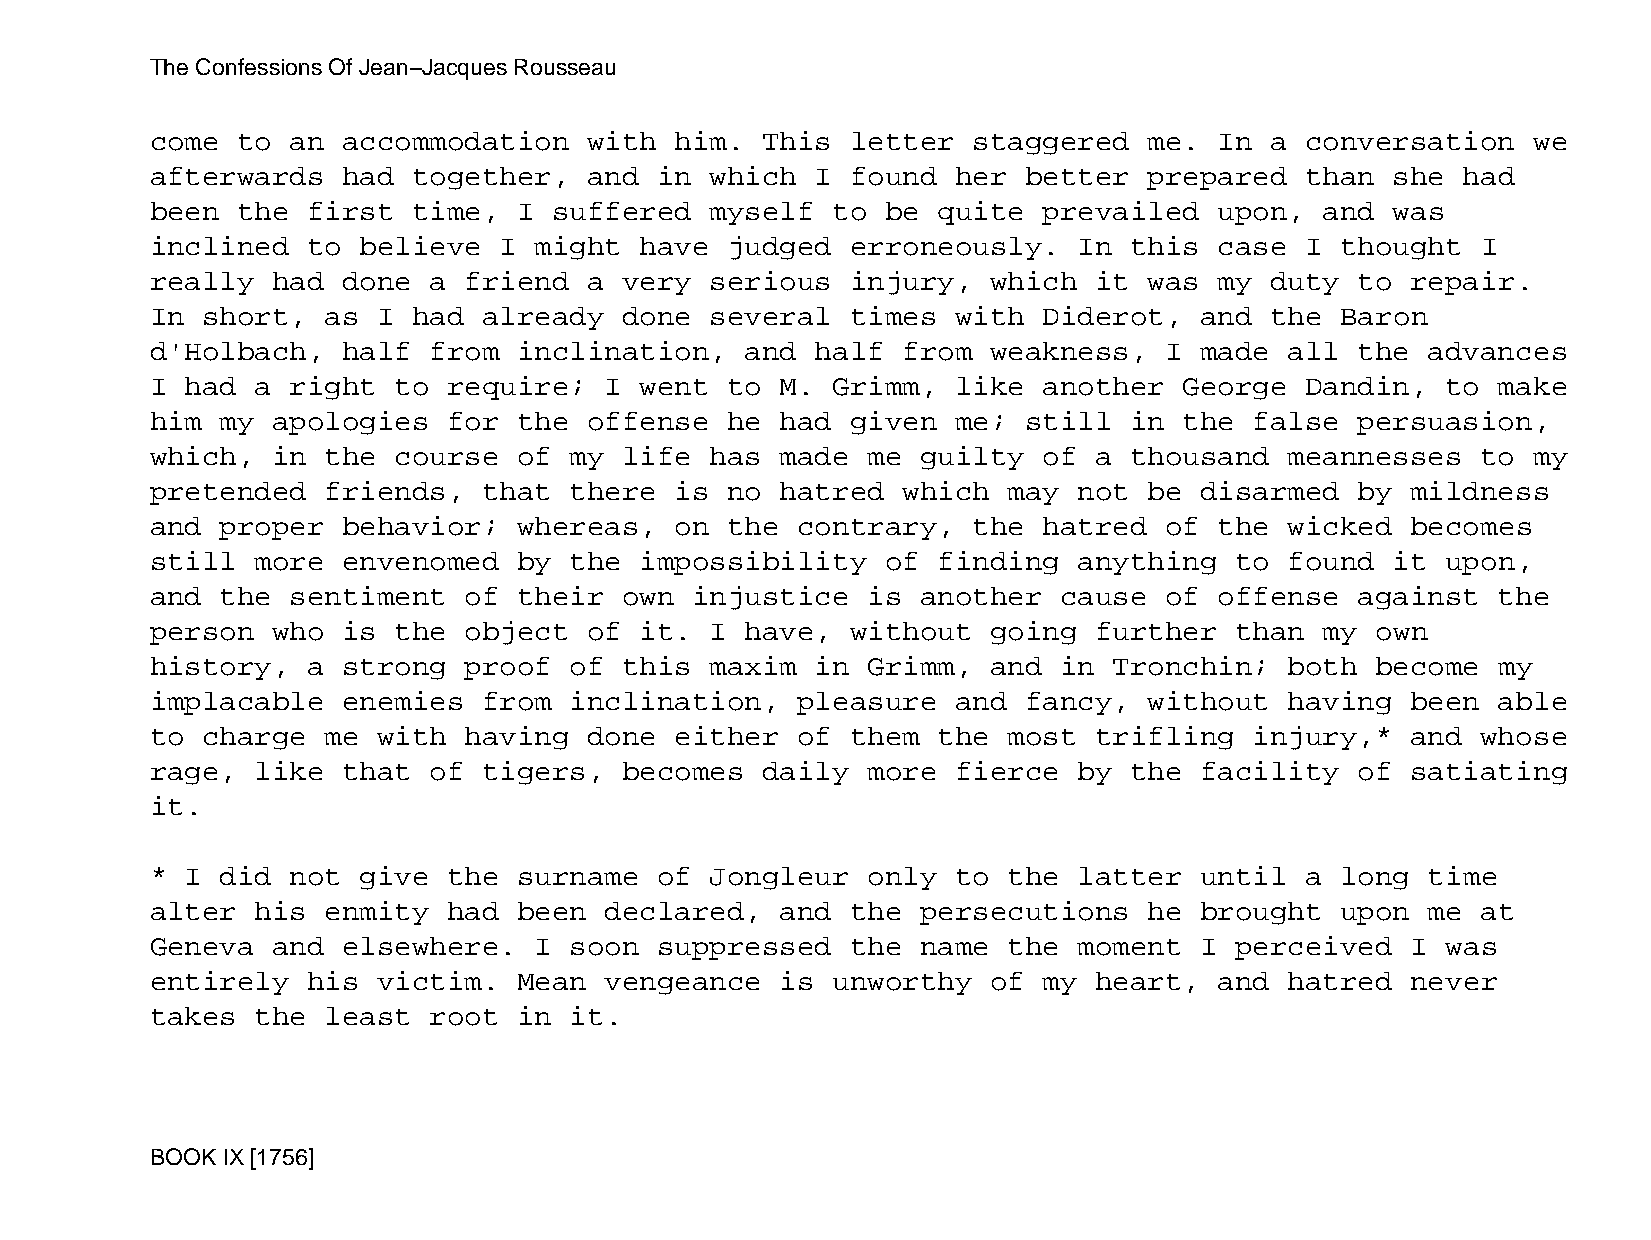
The Confessions Of Jean−Jacques Rousseau
 come  to an  accommodation   with  him. This  letter  staggered   me.  In a conversation   we
 afterwards   had together,   and  in which  I found  her  better  prepared  than  she  had
 been  the first  time,  I  suffered  myself  to  be quite  prevailed   upon,  and was
 inclined  to  believe  I might  have  judged  erroneously.   In  this  case I  thought  I
 really  had  done a  friend  a very  serious  injury,   which it  was  my duty  to repair.
 In short,   as I had  already  done  several  times  with  Diderot,  and  the  Baron
 d'Holbach,   half from  inclination,   and  half  from  weakness,  I made  all  the  advances
 I had  a right  to  require;  I went  to  M. Grimm,  like  another  George  Dandin,   to make
 him  my apologies   for the  offense  he  had given  me;  still  in the  false  persuasion,
 which,  in  the course  of  my life  has  made me  guilty  of a  thousand  meannesses   to my
 pretended   friends,  that  there  is no  hatred  which  may not  be disarmed   by mildness
 and  proper  behavior;  whereas,   on the  contrary,  the  hatred  of  the wicked  becomes
 still  more  envenomed  by  the impossibility    of finding  anything   to found  it  upon,
 and  the sentiment   of their  own  injustice  is  another  cause  of  offense  against  the
 person  who  is the  object  of it.  I have,  without   going further   than  my own
 history,  a  strong  proof  of this  maxim  in Grimm,   and in  Tronchin;  both  become  my
 implacable   enemies  from  inclination,   pleasure  and  fancy,  without  having  been  able
 to charge   me with  having  done  either  of them  the  most trifling   injury,*  and  whose
 rage,  like  that of  tigers,  becomes  daily  more  fierce  by  the facility   of satiating
 it.
 * I  did not  give  the surname   of Jongleur  only  to  the latter  until  a  long  time
 alter  his  enmity  had been  declared,   and the  persecutions   he brought   upon  me at
 Geneva  and  elsewhere.  I  soon  suppressed  the  name  the moment  I  perceived  I  was
 entirely  his  victim.  Mean  vengeance   is unworthy   of my heart,   and hatred  never
 takes  the  least root  in  it.
 BOOK IX [1756]